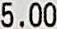
5.00